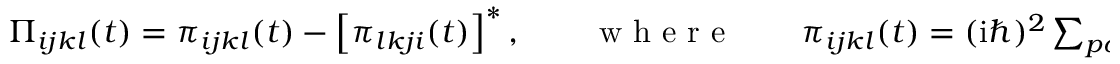
\begin{array} { r } { \Pi _ { i j k l } ( t ) = \pi _ { i j k l } ( t ) - \left[ \pi _ { l k j i } ( t ) \right] ^ { * } , \qquad \mathrm { ~ w ~ h ~ e ~ r ~ e ~ } \qquad \pi _ { i j k l } ( t ) = ( \mathrm { i } \hbar ) ^ { 2 } \sum _ { p q r s } ( \pm ) _ { j } \mathcal { G } _ { i p k q } ( t ) \, w _ { s q r p } ( t ) \left[ G _ { j s } ^ { > } ( t ) \, G _ { r l } ^ { < } ( t ) - G _ { j s } ^ { < } ( t ) \, G _ { r l } ^ { > } ( t ) \right] , } \end{array}